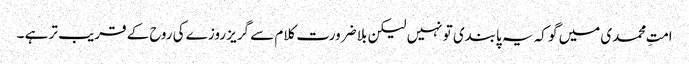
امتِ محمدی میں گو کہ یہ پابندی تو نہیں لیکن بلا ضرورت کلام سے گریز روزے کی روح کے قریب تر ہے ۔